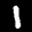
Label: 1